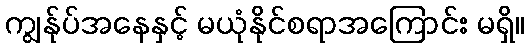
ကျွန်ုပ်အနေနှင့် မယုံနိုင်စရာအကြောင်း မရှိ။